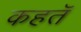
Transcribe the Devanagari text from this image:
कहतॅ